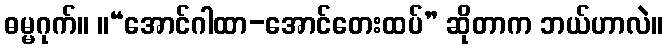
ဓမ္မဂုက်။ ။“အောင်ဂါထာ-အောင်တေးထပ်” ဆိုတာက ဘယ်ဟာလဲ။